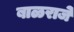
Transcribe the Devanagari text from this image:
बाळराजे